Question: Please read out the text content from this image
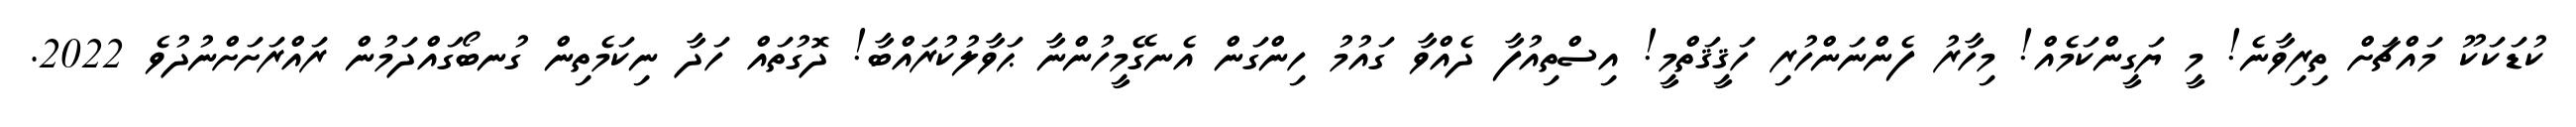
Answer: ކުޑަކަކޫ މައްޗަށް ތިރިވާނެ! މީ ޔަގީންކަމެއް! މިހާރު ފެންނަންހުރި ހަޤީޤަތްމީ! އިސްތިއުފާ ދެއްވާ ގައުމު ހިންގަން އެނގޭމީހުންނާ ޙަވާލުކުރައްބާ! ދޮގުތައް ހަދާ ނިކަމެތިން ގުނބޯގައްދަމުން ރައްރަށަށްނުދުވެ 2022.